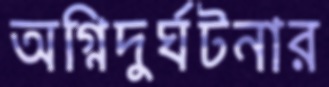
অগ্নিদুর্ঘটনার